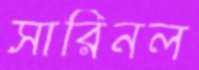
সারিনল